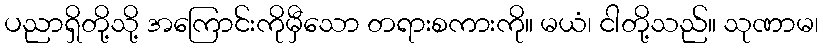
ပညာရှိတို့သို့ အကြောင်းကိုမှီသော တရားစကားကို။ မယံ၊ ငါတို့သည်။ သုဏာမ၊